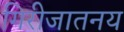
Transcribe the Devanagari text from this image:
गिरीजातनय